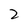
Character: 2